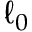
\ell _ { 0 }